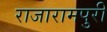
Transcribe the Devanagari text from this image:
राजारामपुरी